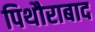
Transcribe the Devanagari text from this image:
पिथौराबाद